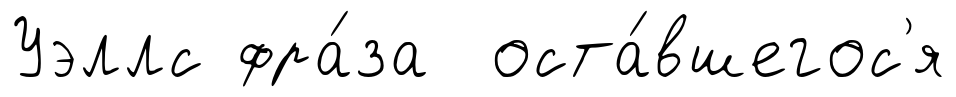
Уэллс фра́за оста́вшегос'я